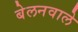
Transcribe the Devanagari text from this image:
बेलनवाले